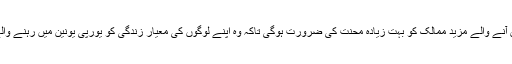
اینجلا مرکل کا مزید کہنا تھا کہ یورپی یونین میں آنے والے مزید ممالک کو بہت زیادہ محنت کی ضرورت ہوگی تاکہ وہ اپنے لوگوں کی معیار زندگی کو یورپی یونین میں رہنے والے لوگوں کے معیار زندگی کے مطابق لا سکیں۔